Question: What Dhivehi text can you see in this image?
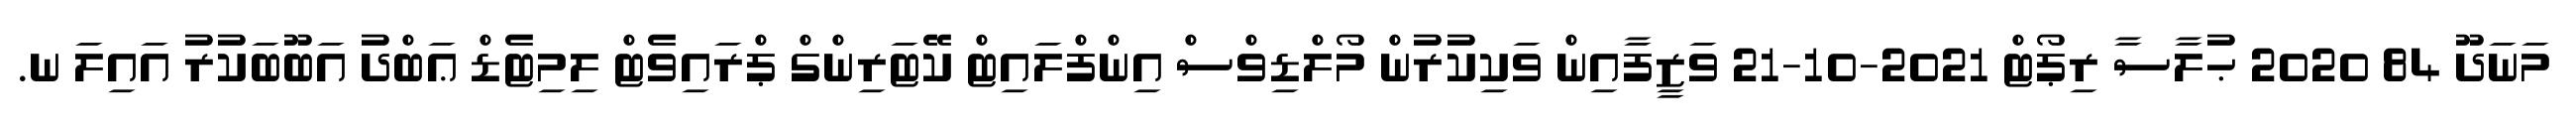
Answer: މަނަދޫ 84 2020 ޙުލާސާ ރިޕޯޓް 2021-10-21 ވަޒީފާއިން ވަކިކުރުން މޯލްޑިވްސް އިންފްލައިޓް ކޭޓަރިންގް ޕްރައިވެޓް ލިމިޓެޑް ޢަބްދު އަބޫބަކުރު އައިލަ ނ.